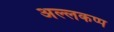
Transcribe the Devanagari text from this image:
अल्लकप्प